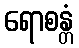
ရောစန္တံ